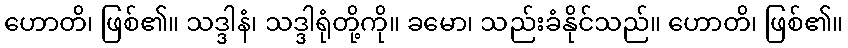
ဟောတိ၊ ဖြစ်၏။ သဒ္ဒါနံ၊ သဒ္ဒါရုံတို့ကို။ ခမော၊ သည်းခံနိုင်သည်။ ဟောတိ၊ ဖြစ်၏။